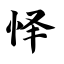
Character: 怿